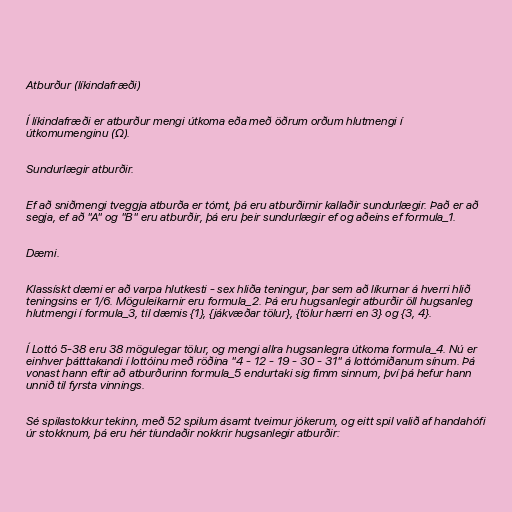
Atburður (líkindafræði)

Í líkindafræði er atburður mengi útkoma eða með öðrum orðum hlutmengi í
útkomumenginu (Ω).

Sundurlægir atburðir.

Ef að sniðmengi tveggja atburða er tómt, þá eru atburðirnir kallaðir sundurlægir. Það er að
segja, ef að "A" og "B" eru atburðir, þá eru þeir sundurlægir ef og aðeins ef formula_1.

Dæmi.

Klassískt dæmi er að varpa hlutkesti - sex hliða teningur, þar sem að líkurnar á hverri hlið
teningsins er 1/6. Möguleikarnir eru formula_2. Þá eru hugsanlegir atburðir öll hugsanleg
hlutmengi í formula_3, til dæmis {1}, {jákvæðar tölur}, {tölur hærri en 3} og {3, 4}.

Í Lottó 5-38 eru 38 mögulegar tölur, og mengi allra hugsanlegra útkoma formula_4. Nú er
einhver þátttakandi í lottóinu með röðina "4 - 12 - 19 - 30 - 31" á lottómiðanum sínum. Þá
vonast hann eftir að atburðurinn formula_5 endurtaki sig fimm sinnum, því þá hefur hann
unnið til fyrsta vinnings.

Sé spilastokkur tekinn, með 52 spilum ásamt tveimur jókerum, og eitt spil valið af handahófi
úr stokknum, þá eru hér tíundaðir nokkrir hugsanlegir atburðir: